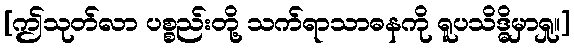
[ဤသုတ်လာ ပစ္စည်းတို့ သက်ရာသာဓနကို ရူပသိဒ္ဓိမှာရှု။]